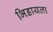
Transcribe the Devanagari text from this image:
भिडायला